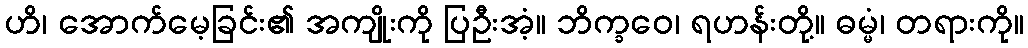
ဟိ၊ အောက်မေ့ခြင်း၏ အကျိုးကို ပြဦးအံ့။ ဘိက္ခဝေ၊ ရဟန်းတို့။ ဓမ္မံ၊ တရားကို။